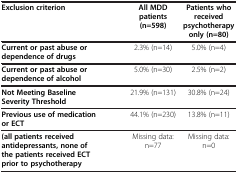
<table><thead><tr><td><b>Exclusion criterion</b></td><td><b>All MDD patients (n=598)</b></td><td><b>Patients who received psychotherapy only (n=80)</b></td></tr></thead><tbody><tr><td><b>Current or past abuse or dependence of drugs</b></td><td>2.3% (n=14)</td><td>5.0% (n=4)</td></tr><tr><td><b>Current or past abuse or dependence of alcohol</b></td><td>5.0% (n=30)</td><td>2.5% (n=2)</td></tr><tr><td><b>Not Meeting Baseline Severity Threshold</b></td><td>21.9% (n=131)</td><td>30.8% (n=24)</td></tr><tr><td><b>Previous use of medication or ECT</b></td><td>44.1% (n=230)</td><td>13.8% (n=11)</td></tr><tr><td><b>(all patients received antidepressants, none of the patients received ECT prior to psychotherapy</b></td><td>Missing data: n=77</td><td>Missing data: n=0</td></tr></tbody></table>